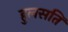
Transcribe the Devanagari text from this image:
हुलसति